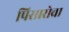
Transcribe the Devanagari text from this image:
पिसारोचा